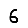
Digit: 6